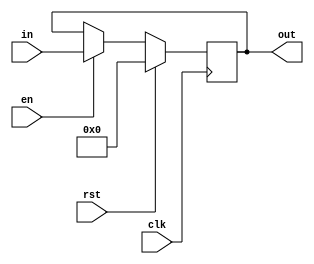
`timescale 1ns / 1ps
//////////////////////////////////////////////////////////////////////////////////
// Company: 
// Engineer: 
// 
// Design Name: 
// Module Name: reg_32_bit
// Project Name: 
// Target Devices: 
// Tool Versions: 
// Description: 
// 
// Dependencies: 
// 
// Revision:
// Revision 0.01 - File Created
// Additional Comments:
// 
//////////////////////////////////////////////////////////////////////////////////


module reg_32_bit(
    input clk, rst, en,
    input [31:0] in,
    output reg [31:0] out
    );
    
    always @(posedge clk) begin
        if(rst)
            out <= 0;
        else begin
            if(en)
                out <= in;
        end
    end
    
endmodule